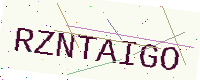
Text: RZNTAIGO